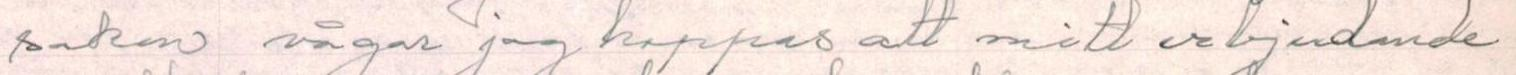
saken vågar jag hoppas att mitt erbjudande